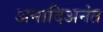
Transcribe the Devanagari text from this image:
अनादिअनंत